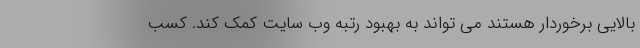
بالایی برخوردار هستند می تواند به بهبود رتبه وب سایت کمک کند. کسب